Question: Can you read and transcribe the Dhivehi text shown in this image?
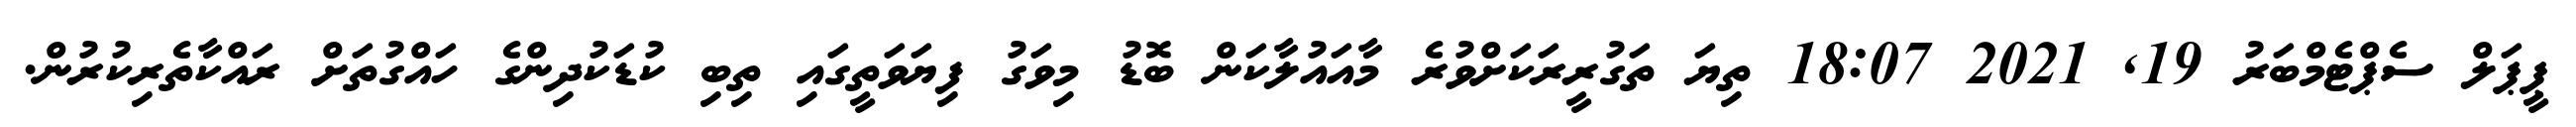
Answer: ޕީޕަލް ސެޕްޓެމްބަރު 19, 2021 18:07 ތިޔަ ތަގުރީރަކަށްވުރެ މާއައުލާކަން ބޮޑު މިވަގު ފިޔަވަތީގައި ތިބި ކުޑަކުދިންގެ ހައްގުތަށް ރައްކާތެރިކުރުން.